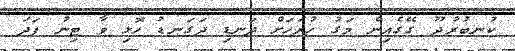
ކުނބުރުދޫ ގޭގެއިން މަގު ހުރަހަށް ދަނޑި ދަގަނޑު ހޮޅި ވާ ޓިނު ފަދަ